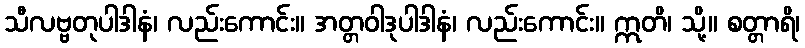
သီလဗ္ဗတုပါဒါနံ၊ လည်းကောင်း။ အတ္တဝါဒုပါဒါနံ၊ လည်းကောင်း။ ဣတိ၊ သို့။ စတ္တာရိ၊